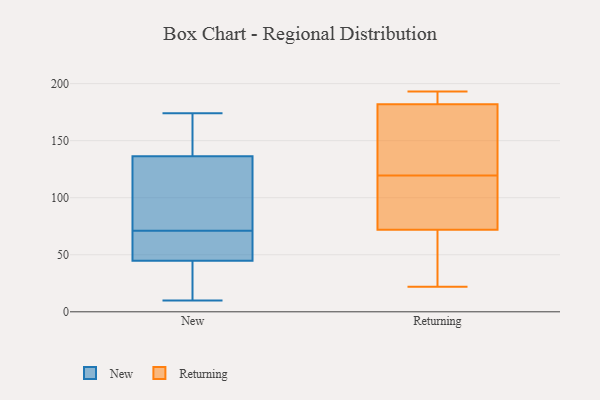
{"axis": {"x": "Inventory Turnover", "y": "Value"}, "legend": ["New", "Returning"], "data": [{"x": "", "y": 116, "type": "New"}, {"x": "", "y": 92, "type": "New"}, {"x": "", "y": 10, "type": "New"}, {"x": "", "y": 25, "type": "New"}, {"x": "", "y": 143, "type": "New"}, {"x": "", "y": 71, "type": "New"}, {"x": "", "y": 56, "type": "New"}, {"x": "", "y": 149, "type": "New"}, {"x": "", "y": 174, "type": "New"}, {"x": "", "y": 41, "type": "New"}, {"x": "", "y": 68, "type": "New"}, {"x": "", "y": 102, "type": "Returning"}, {"x": "", "y": 189, "type": "Returning"}, {"x": "", "y": 72, "type": "Returning"}, {"x": "", "y": 116, "type": "Returning"}, {"x": "", "y": 179, "type": "Returning"}, {"x": "", "y": 22, "type": "Returning"}, {"x": "", "y": 182, "type": "Returning"}, {"x": "", "y": 123, "type": "Returning"}, {"x": "", "y": 193, "type": "Returning"}, {"x": "", "y": 36, "type": "Returning"}]}